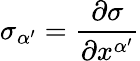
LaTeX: \sigma_{\alpha^{\prime}}=\frac{\partial\sigma}{\partial x^{\alpha^{\prime}}}